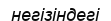
негізіндегі